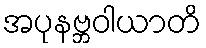
အပုနဗ္ဘဝါယာတိ